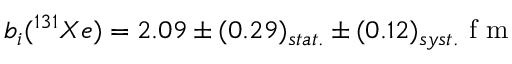
b _ { i } ( ^ { 1 3 1 } X e ) = 2 . 0 9 \pm ( 0 . 2 9 ) _ { s t a t . } \pm ( 0 . 1 2 ) _ { s y s t . } \space \mathrm { ~ f ~ m ~ }